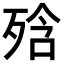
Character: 𭮕